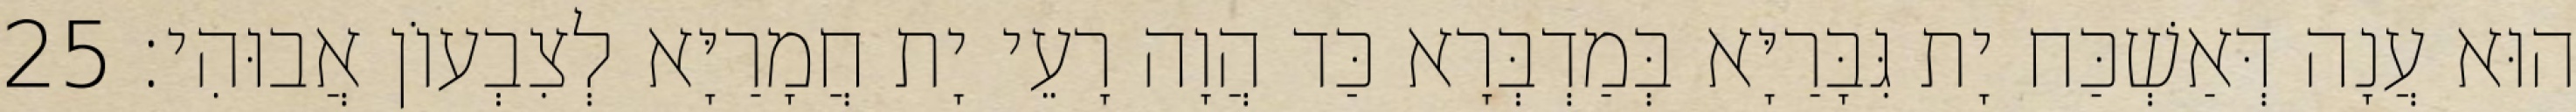
הוּא עֲנָה דְּאַשְׁכַּח יָת גִּבָּרַיָּא בְּמַדְבְּרָא כַּד הֲוָה רָעֵי יָת חֲמָרַיָּא לְצִבְעוֹן אֲבוּהִי׃ 25